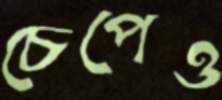
চেপেও